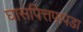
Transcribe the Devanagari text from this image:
घासपित्तपापडा